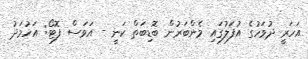
އަހަރީ ދުވަހުގެ އުފަލުގައި މެންބަރުން ބޮޑިބަތް ކަނީ - އަވަސް ފޮޓޯ: އަހުމަދު